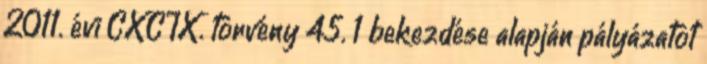
2011. évi CXCIX. törvény 45. 1 bekezdése alapján pályázatot